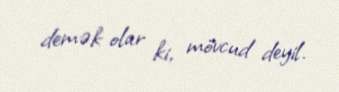
demək olar ki, mövcud deyil.